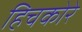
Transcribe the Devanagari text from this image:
हिचकोरे